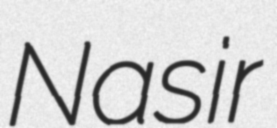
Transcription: Nasir